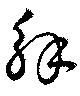
解